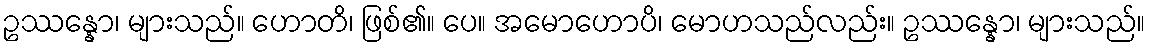
ဥဿန္နော၊ များသည်။ ဟောတိ၊ ဖြစ်၏။ ပေ။ အမောဟောပိ၊ မောဟသည်လည်း။ ဥဿန္နော၊ များသည်။